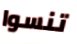
تنسوا